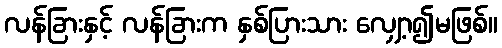
လန်ခြားနှင့် လန်ခြားက နှစ်ပြားသား လျှော့၍မဖြစ်။